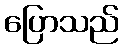
ပြောသည်